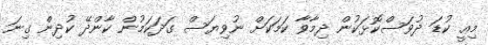
މިއީ ކުޑަ ދުވަސްކޮޅަކުން ދިމާވާ ކަމަކަށް ނުވިޔަސް ގަދަކަމުން ކާންދޭ ކުދިން ގިނަ